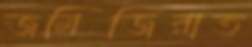
জমিজিরাত